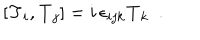
[ \mathbf { T } _ { i } , \mathbf { T } _ { j } ] = i \, \epsilon _ { i j k } \mathbf { T } _ { k } ~ ~ .